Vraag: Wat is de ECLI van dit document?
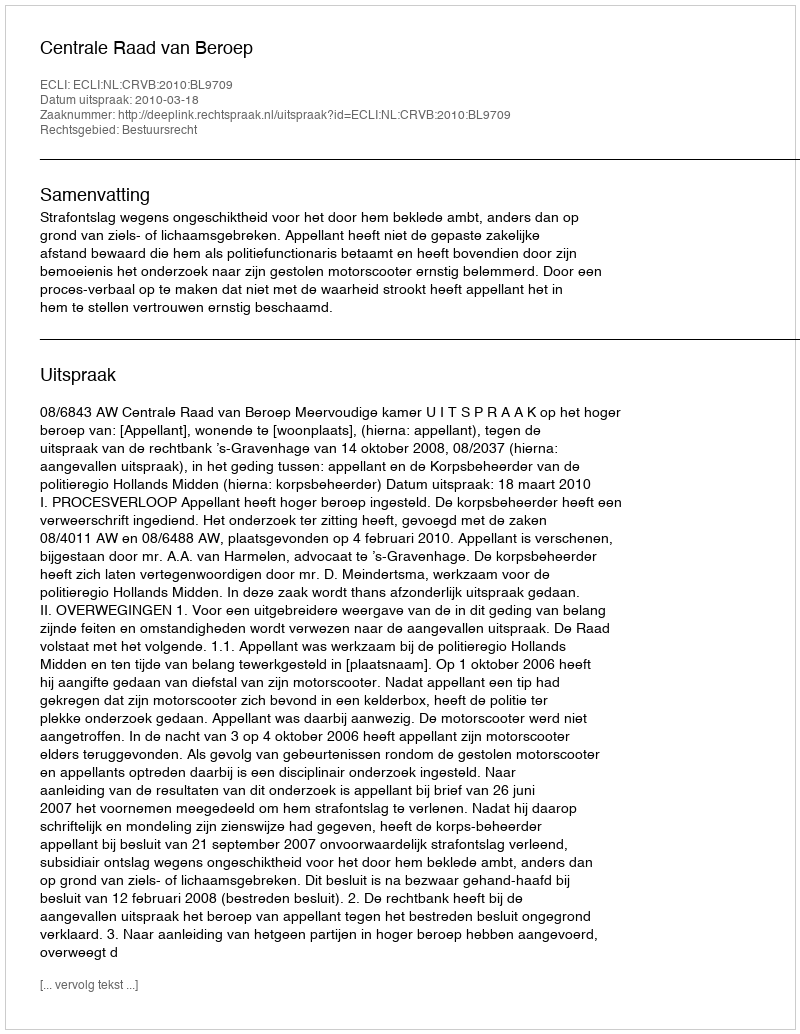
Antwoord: ECLI:NL:CRVB:2010:BL9709